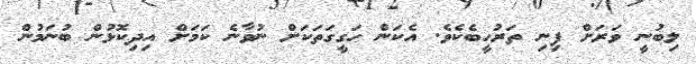
ލިބުނީ ވަރަށް ފިނި ތަރުހީބެކެވެ. އެކަން ހަގީގަތަކަށް ނުވާނެ ކަމަށް އިދިކޮޅުން ބުނަމުން